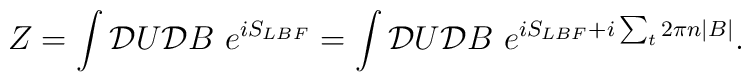
Z = \int {\cal D}U {\cal D}B ~ e^{i S_{LBF}}   = \int {\cal D}U {\cal D}B ~   e^{ i S_{LBF} + i \sum_{t} 2 \pi n |B|}.